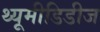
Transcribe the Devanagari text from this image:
थ्यूमीडिडीज